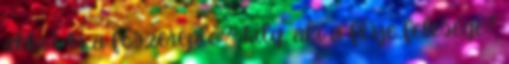
akkor ki a főszereplő? Lily, aki a férje felesége?